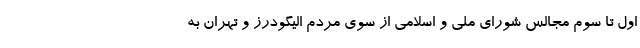
اول تا سوم مجالس شورای ملی و اسلامی از سوی مردم الیگودرز و تهران به